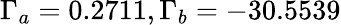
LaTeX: \Gamma_{a}=0.2711,\Gamma_{b}=-30.5539